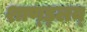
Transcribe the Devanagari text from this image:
शाण्ड्लय्